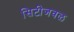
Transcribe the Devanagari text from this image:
सिटीजवळ